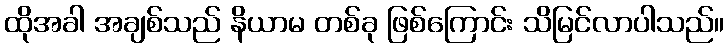
ထိုအခါ အချစ်သည် နိယာမ တစ်ခု ဖြစ်ကြောင်း သိမြင်လာပါသည်။